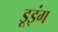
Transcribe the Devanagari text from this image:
डूइंग